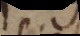
pa